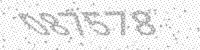
Solution: 087578